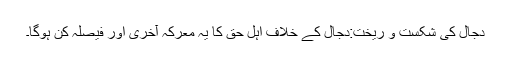
دجال کی شکست و ریخت:دجال کے خلاف اہل حق کا یہ معرکہ آخری اور فیصلہ کن ہوگا۔